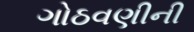
ગોઠવણીની